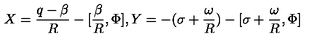
X = \frac { q - \beta } { R } - [ \frac { \beta } { R } , \Phi ] , Y = - ( \sigma + \frac { \omega } { R } ) - [ \sigma + \frac { \omega } { R } , \Phi ]